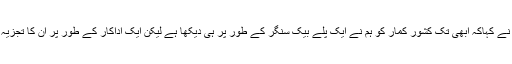
مسٹر دھیمان نے کہاکہ ابھی تک کشور کمار کو ہم نے ایک پلے بیک سنگر کے طور پر ہی دیکھا ہے لیکن ایک اداکار کے طور پر ان کا تجزیہ نہیں کیا ہے۔